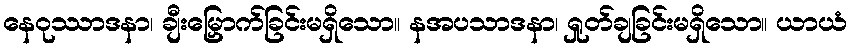
နေဝုဿာဒနာ၊ ချီးမြှောက်ခြင်းမရှိသော။ နအပသာဒနာ၊ ရှုတ်ချခြင်းမရှိသော။ ယာယံ